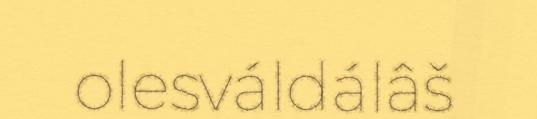
olesváldálâš